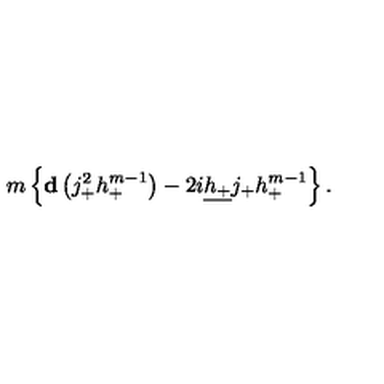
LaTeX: m \left\{ { \bf d } \left( j _ { + } ^ { 2 } h _ { + } ^ { m - 1 } \right) - 2 i \underline { { h _ { + } } } j _ { + } h _ { + } ^ { m - 1 } \right\} .